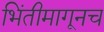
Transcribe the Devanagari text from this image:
भिंतीमागूनच